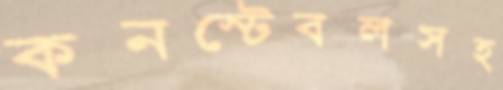
কনস্টেবলসহ